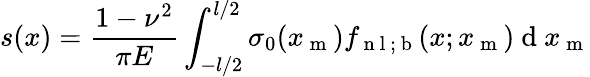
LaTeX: s(x)=\frac{1-\nu^{2}}{\pi E}\int_{-l/2}^{l/2}\sigma_{0}(x_{\mathrm{~m~}})f_{\mathrm{~n~l~;~b~}}(x;x_{\mathrm{~m~}})\mathrm{~d~}x_{\mathrm{~m~}}